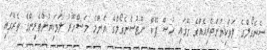
ސެނެގޯލްގެ ލަވަކިޔުންތެރިއެއްގެ ގޭގައި ހުސް ފޭކް ނޫޓުސެނެގޯލްގެ އެންމެ މަޝްހޫރު ލަވަކިޔުންތެރިންގެ ތެރޭގައި